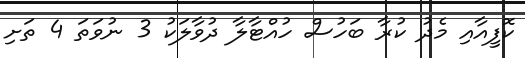
ކޮފީއާއި މެދު ކުރާ ބަހުސް ހުއްޓާލާ ދުވާލަކު 3 ނުވަތަ 4 ތަށި